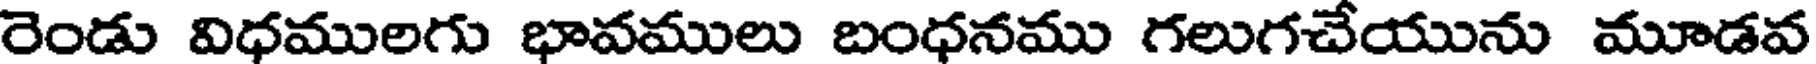
రెండు విధములగు భావములు బంధనము గలుగచేయును మూడవ